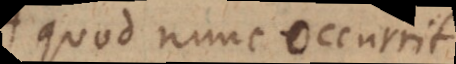
quod nunc occurrit